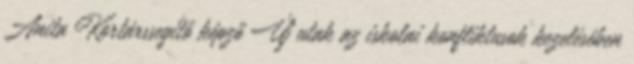
Anita Kortárssegítő képző Új utak az iskolai konfliktusok kezelésében